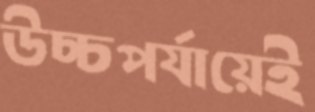
উচ্চপর্যায়েই